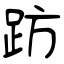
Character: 趽